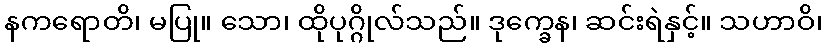
နကရောတိ၊ မပြု။ သော၊ ထိုပုဂ္ဂိုလ်သည်။ ဒုက္ခေန၊ ဆင်းရဲနှင့်။ သဟာဝိ၊